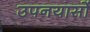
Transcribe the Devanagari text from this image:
उपनयासों